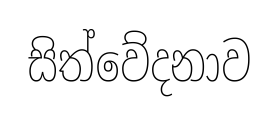
සිත්වේදනාව